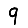
Digit: 9